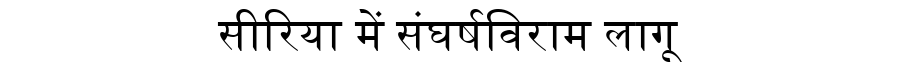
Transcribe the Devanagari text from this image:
सीरिया में संघर्षविराम लागू